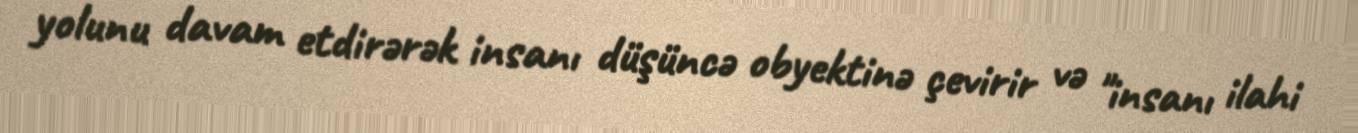
yolunu davam etdirərək insanı düşüncə obyektinə çevirir və "insanı ilahi